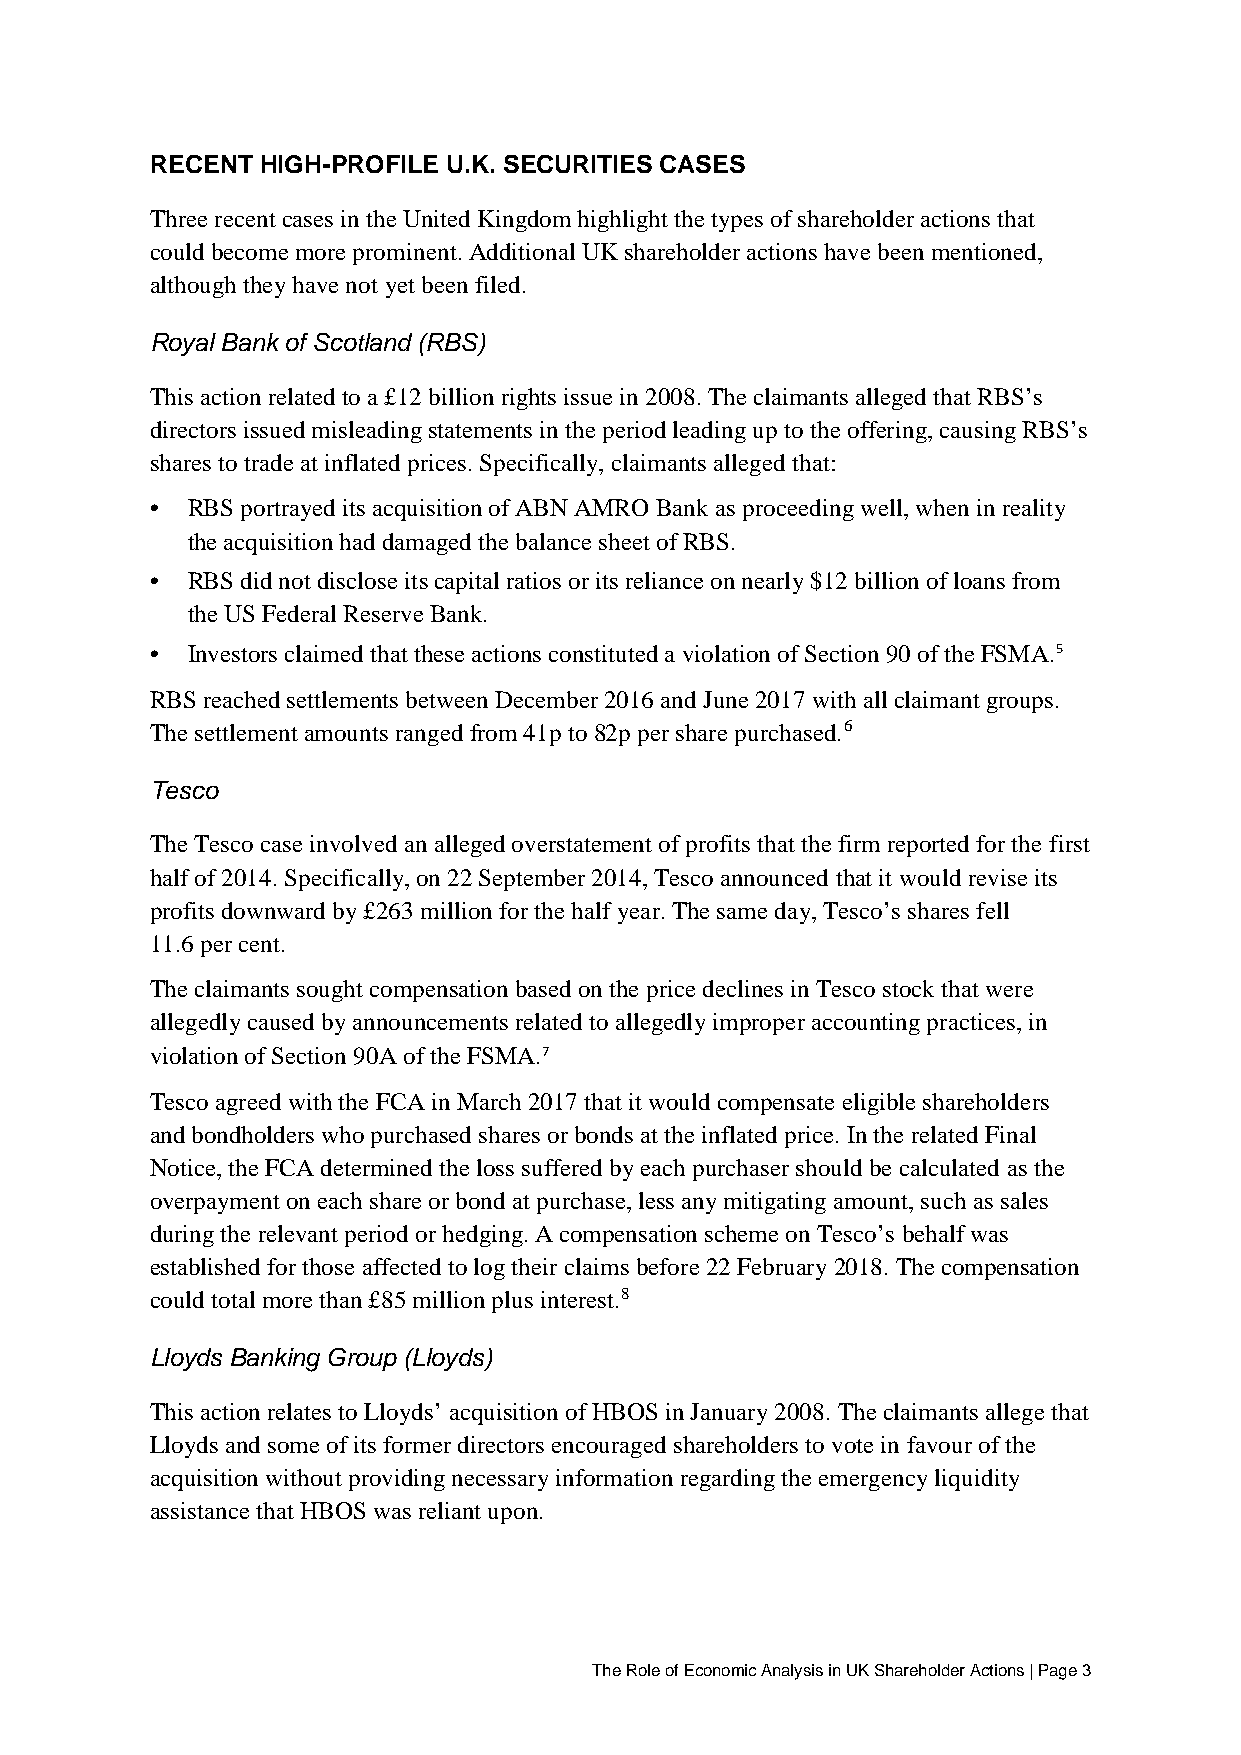
RECENT HIGH-PROFILE U.K. SECURITIES CASES
 Three recent cases in the United Kingdom highlight the types of shareholder actions that
 could become more prominent. Additional UK shareholder actions have been mentioned,
 although they have not yet been filed.
 Royal Bank of Scotland (RBS)
 This action related to a £12 billion rights issue in 2008. The claimants alleged that RBS’s
 directors issued misleading statements in the period leading up to the offering, causing RBS’s
 shares to trade at inflated prices. Specifically, claimants alleged that:
 • RBS portrayed its acquisition of ABN AMRO Bank as proceeding well, when in reality
 the acquisition had damaged the balance sheet of RBS.
 • RBS did not disclose its capital ratios or its reliance on nearly $12 billion of loans from
 the US Federal Reserve Bank.
 • Investors claimed that these actions constituted a violation of Section 90 of the FSMA.5
 RBS reached settlements between December 2016 and June 2017 with all claimant groups.
 The settlement amounts ranged from 41p to 82p per share purchased.6
 Tesco
 The Tesco case involved an alleged overstatement of profits that the firm reported for the first
 half of 2014. Specifically, on 22 September 2014, Tesco announced that it would revise its
 profits downward by £263 million for the half year. The same day, Tesco’s shares fell
 11.6 per cent.
 The claimants sought compensation based on the price declines in Tesco stock that were
 allegedly caused by announcements related to allegedly improper accounting practices, in
 violation of Section 90A of the FSMA.7
 Tesco agreed with the FCA in March 2017 that it would compensate eligible shareholders
 and bondholders who purchased shares or bonds at the inflated price. In the related Final
 Notice, the FCA determined the loss suffered by each purchaser should be calculated as the
 overpayment on each share or bond at purchase, less any mitigating amount, such as sales
 during the relevant period or hedging. A compensation scheme on Tesco’s behalf was
 established for those affected to log their claims before 22 February 2018. The compensation
 could total more than £85 million plus interest.8
 Lloyds Banking Group (Lloyds)
 This action relates to Lloyds’ acquisition of HBOS in January 2008. The claimants allege that
 Lloyds and some of its former directors encouraged shareholders to vote in favour of the
 acquisition without providing necessary information regarding the emergency liquidity
 assistance that HBOS was reliant upon.
 The Role of Economic Analysis in UK Shareholder Actions | Page 3